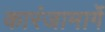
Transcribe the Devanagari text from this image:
कारंजामार्गे